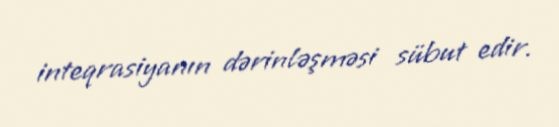
inteqrasiyanın dərinləşməsi sübut edir.